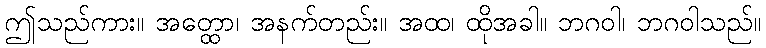
ဤသည်ကား။ အတ္ထော၊ အနက်တည်း။ အထ၊ ထိုအခါ။ ဘဂဝါ၊ ဘဂဝါသည်။